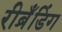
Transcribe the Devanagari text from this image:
रीब्रॅंडिंग